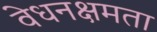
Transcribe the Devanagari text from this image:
वेधनक्षमता